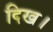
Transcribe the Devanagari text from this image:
दिख।